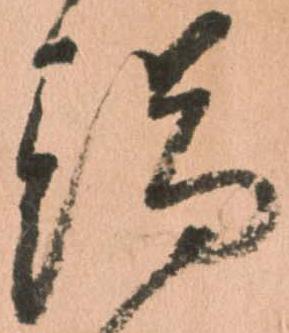
端